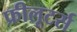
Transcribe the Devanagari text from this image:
फ्रीलूटर्स